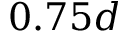
0 . 7 5 d